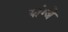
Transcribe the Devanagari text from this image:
यांग्जे